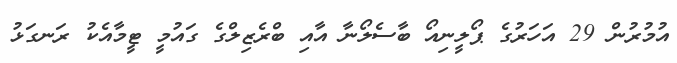
އުމުރުން 29 އަހަރުގެ ޕޯލީނިއޯ ބާސެލޯނާ އާއި ބްރެޒިލްގެ ގައުމީ ޓީމާއެކު ރަނގަޅު